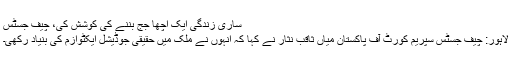
ساری زندگی ایک اچھا جج بننے کی کوشش کی، چیف جسٹس
لاہور: چیف جسٹس سپریم کورٹ آف پاکستان میاں ثاقب نثار نے کہا کہ انہوں نے ملک میں حقیقی جوڈیشل ایکٹوازم کی بنیاد رکھی۔